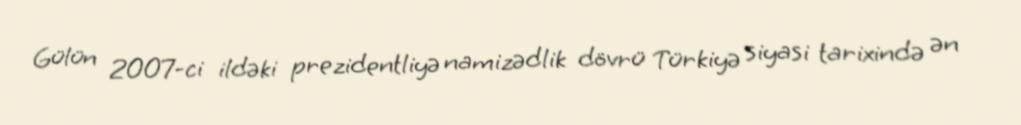
Gülün 2007-ci ildəki prezidentliyə namizədlik dövrü Türkiyə siyasi tarixində ən